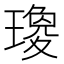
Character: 𤩞